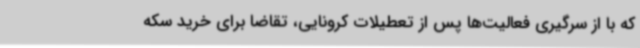
که با از سرگیری فعالیت‌ها پس از تعطیلات کرونایی، تقاضا برای خرید سکه